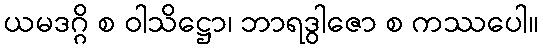
ယမဒဂ္ဂိ စ ဝါသိဋ္ဌော၊ ဘာရဒွါဇော စ ကဿပေါ။